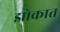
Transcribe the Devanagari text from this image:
झोकात